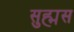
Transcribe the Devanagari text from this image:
सुह्मस